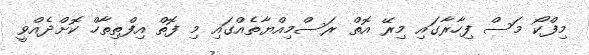
މިފްކޯ މަސް ފިހާރާގައި މިރޭ އޮތް ރަސްމިއްޔާތެއްގައި މި ފޮތް އިފްތިތާހް ކޮށްދެއްވީ